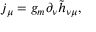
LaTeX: j _ { \mu } = g _ { m } \partial _ { \nu } \tilde { h } _ { \nu \mu } ,